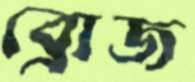
ব্রোজ